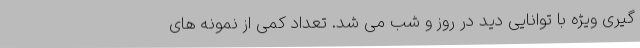
گیری ویژه با توانایی دید در روز و شب می شد. تعداد کمی از نمونه های